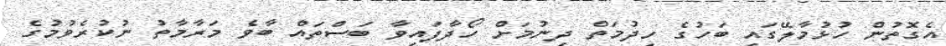
އެގޮތުން ހުޅުމާލޭގައި ބަހުގެ ހިދުމަތް ދިނުމަށް ހޯދާފައިވާ ބަސްތައް ބާވެ މަރާމާތު ނުކުރެވުމުގެ